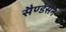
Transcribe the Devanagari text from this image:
सैण्डेर्सन